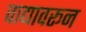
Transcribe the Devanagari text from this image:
वाद्यावरून